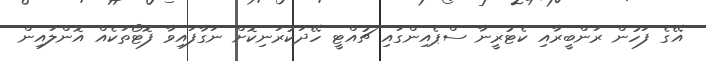
އޭގެ ފަހުން ރަންބީރާއި ކެޓުރީނާ ސްޕެއިންގައި ޗުއްޓީ ހޭދަކުރަނިކޮށް ނަގާފައިވާ ފޮޓޯތަކެއް އޮންލައިން